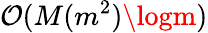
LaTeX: \mathcal{O}(M(m^{2})\logm)